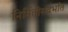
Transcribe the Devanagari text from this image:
निर्मितीसंदर्भात